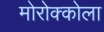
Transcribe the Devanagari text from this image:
मोरोक्कोला